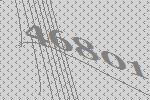
46801